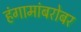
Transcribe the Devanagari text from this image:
हंगामांबरोबर